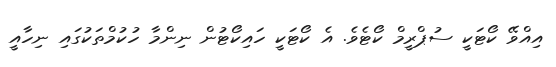
އިއްވޭ ކޯޓަކީ ސުޕްރީމް ކޯޓެވެ. އެ ކޯޓަކީ ހައިކޯޓުން ނިންމާ ހުކުމްތަކުގައި ނިހާއީ